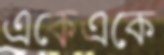
একেএকে